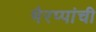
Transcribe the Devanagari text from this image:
भैरप्पांची